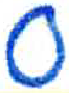
אות: ס